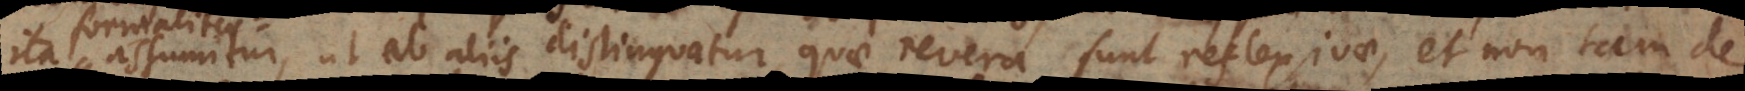
ita assumitur, ut ab aliis distinguatur, quae revera sunt reflexivae, et non tam de